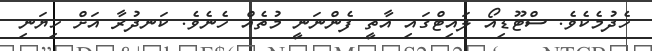
ހެދުމެކެވެ. ސްޓޫޑިއޯ ލައިޓްގައި އާތީ ފެންނަނީ މުތެއް ހެނެވެ. ކަނދުރާ އަށް ހިޔަނި